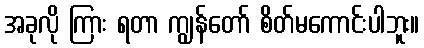
အခုလို ကြား ရတာ ကျွန်တော် စိတ်မကောင်းပါဘူး။